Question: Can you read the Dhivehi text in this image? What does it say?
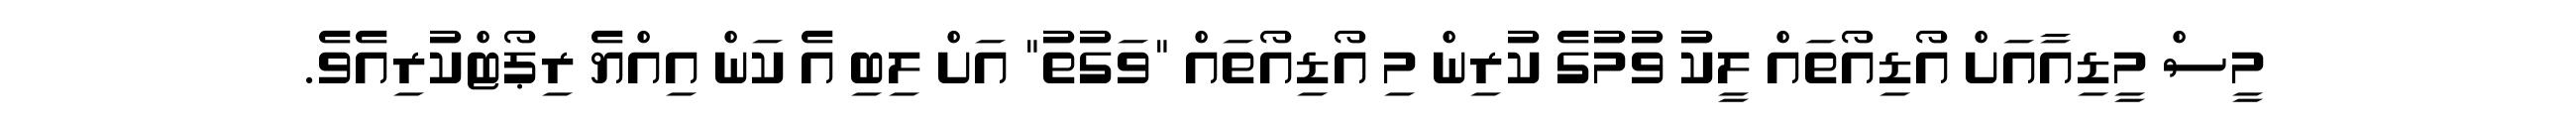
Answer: މީސް މީޑިއާއަށް އޯޑިއޯތައް ލީކު ވުމުގެ ކުރިން މި އޯޑިއޯތައް "ވަގުތު" އަށް ލިބި އެ ކަން އިއްޔެ ރިޕޯޓްކުރިއެވެ.